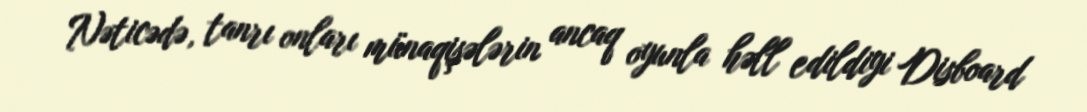
Nəticədə, tanrı onları münaqişələrin ancaq oyunla həll edildiyi Disboard